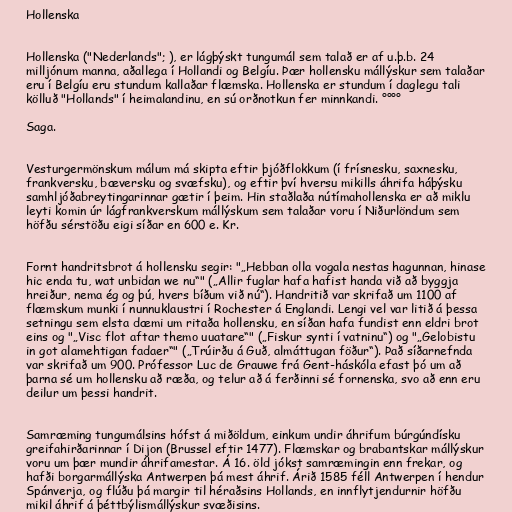
Hollenska

Hollenska ("Nederlands"; ), er lágþýskt tungumál sem talað er af u.þ.b. 24
milljónum manna, aðallega í Hollandi og Belgíu. Þær hollensku mállýskur sem talaðar
eru í Belgíu eru stundum kallaðar flæmska. Hollenska er stundum í daglegu tali
kölluð "Hollands" í heimalandinu, en sú orðnotkun fer minnkandi. °°°°

Saga.

Vesturgermönskum málum má skipta eftir þjóðflokkum (í frísnesku, saxnesku,
frankversku, bæversku og svæfsku), og eftir því hversu mikills áhrifa háþýsku
samhljóðabreytingarinnar gætir í þeim. Hin staðlaða nútímahollenska er að miklu
leyti komin úr lágfrankverskum mállýskum sem talaðar voru í Niðurlöndum sem
höfðu sérstöðu eigi síðar en 600 e. Kr.

Fornt handritsbrot á hollensku segir: "„Hebban olla vogala nestas hagunnan, hinase
hic enda tu, wat unbidan we nu“" („Allir fuglar hafa hafist handa við að byggja
hreiður, nema ég og þú, hvers bíðum við nú“). Handritið var skrifað um 1100 af
flæmskum munki í nunnuklaustri í Rochester á Englandi. Lengi vel var litið á þessa
setningu sem elsta dæmi um ritaða hollensku, en síðan hafa fundist enn eldri brot
eins og "„Visc flot aftar themo uuatare“" („Fiskur synti í vatninu“) og "„Gelobistu
in got alamehtigan fadaer“" („Trúirðu á Guð, almáttugan föður“). Það síðarnefnda
var skrifað um 900. Prófessor Luc de Grauwe frá Gent-háskóla efast þó um að
þarna sé um hollensku að ræða, og telur að á ferðinni sé fornenska, svo að enn eru
deilur um þessi handrit.

Samræming tungumálsins hófst á miðöldum, einkum undir áhrifum búrgúndísku
greifahirðarinnar í Dijon (Brussel eftir 1477). Flæmskar og brabantskar mállýskur
voru um þær mundir áhrifamestar. Á 16. öld jókst samræmingin enn frekar, og
hafði borgarmállýska Antwerpen þá mest áhrif. Árið 1585 féll Antwerpen í hendur
Spánverja, og flúðu þá margir til héraðsins Hollands, en innflytjendurnir höfðu
mikil áhrif á þéttbýlismállýskur svæðisins.